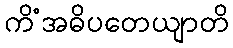
ကိံအဓိပတေယျာတိ